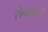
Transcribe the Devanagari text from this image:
सेन्डहर्स्ट